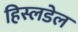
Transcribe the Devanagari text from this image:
हिस्लडेल